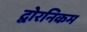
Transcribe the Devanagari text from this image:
द्वोरनिकम